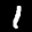
Label: 1